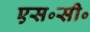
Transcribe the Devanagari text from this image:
एस॰सी॰